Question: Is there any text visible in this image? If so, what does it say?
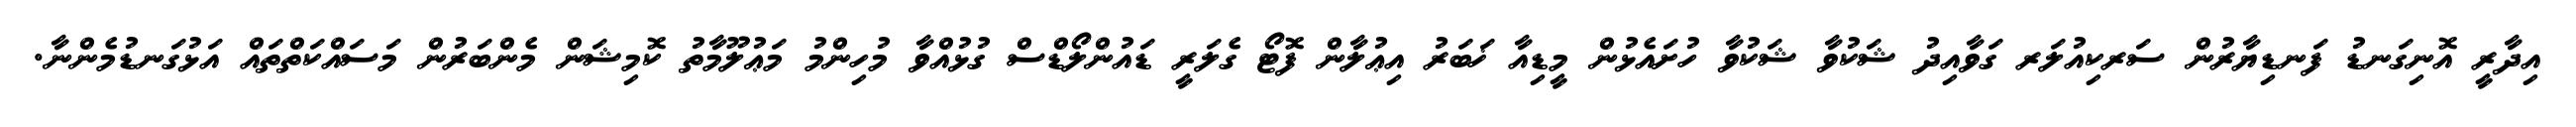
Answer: އިދާރީ އޮނިގަނޑު ފަނޑިޔާރުން ސަރކިއުލަރ ގަވާއިދު ޝަކުވާ ޝަކުވާ ހުށައެޅުން މީޑިއާ ޚަބަރު އިޢުލާން ފޮޓޯ ގެލަރީ ޑައުންލޯޑްސް ގުޅުއްވާ މުހިންމު މަޢުލޫމާތު ކޮމިޝަން މެންބަރުން މަސައްކަތްތައް އަޅުގަނޑުމެންނާ.